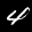
Label: 4